Annual report of the Punjab Veterinary College and of the Civil Veterinary Department, Punjab - 1926-1932
Year: 1926
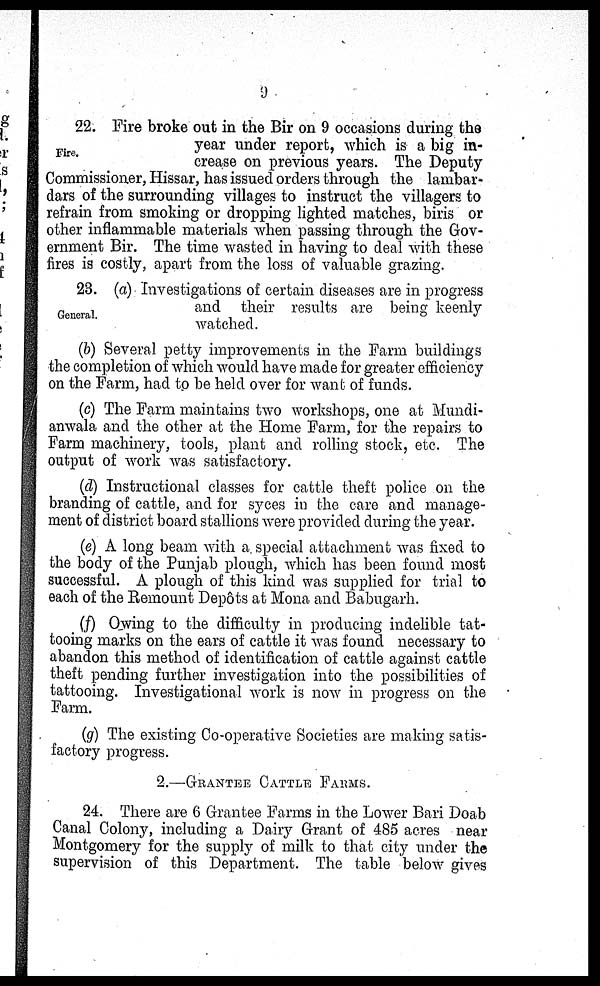
9
Fire.
22. Fire broke out in the Bir on 9 occasions during the
year under report, which is a big in-
crease on previous years. The Deputy
Commissioner, Hissar, has issued orders through the lambar-
dars of the surrounding villages to instruct the villagers to
refrain from smoking or dropping lighted matches, biris or
other inflammable materials when passing through the Gov-
ernment Bir. The time wasted in having to deal with these
fires is costly, apart from the loss of valuable grazing.
General.
23. (a) Investigations of certain diseases are in progress
and their results are being keenly
watched.
(b) Several petty improvements in the Farm buildings
the completion of which would have made for greater efficiency
on the Farm, had to be held over for want of funds.
(c) The Farm maintains two workshops, one at Mundi-
anwala and the other at the Home Farm, for the repairs to
Farm machinery, tools, plant and rolling stock, etc. The
output of work was satisfactory.
(d) Instructional classes for cattle theft police on the
branding of cattle, and for syces in the care and manage-
ment of district board stallions were provided during the year.
(e) A long beam with a. special attachment was fixed to
the body of the Punjab plough, which has been found most
successful. A plough of this kind was supplied for trial to
each of the Remount Depôts at Mona and Babugarh.
(f) Owing to the difficulty in producing indelible tat-
tooing marks on the ears of cattle it was found necessary to
abandon this method of identification of cattle against cattle
theft pending further investigation into the possibilities of
tattooing. Investigational work is now in progress on the
Farm.
(g) The existing Co-operative Societies are making satis-
factory progress.
2.—GRANTEE CATTLE FARMS.
24. There are 6 Grantee Farms in the Lower Bari Doab
Canal Colony, including a Dairy Grant of 485 acres near
Montgomery for the supply of milk to that city under the
supervision of this Department. The table below gives